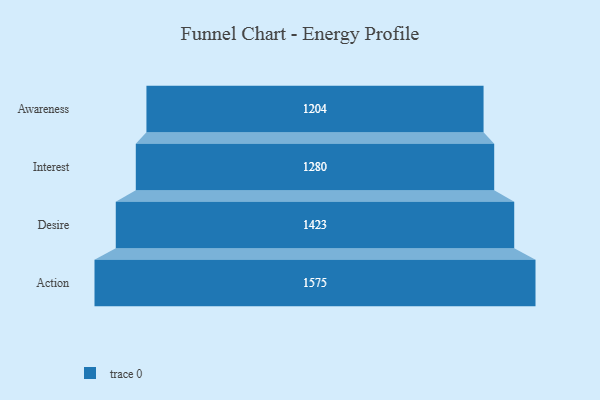
{"axis": {"x": "Stage", "y": "Value"}, "legend": [""], "data": [{"x": "Awareness", "y": 1204.0, "type": ""}, {"x": "Interest", "y": 1280.0, "type": ""}, {"x": "Desire", "y": 1423.0, "type": ""}, {"x": "Action", "y": 1575.0, "type": ""}]}